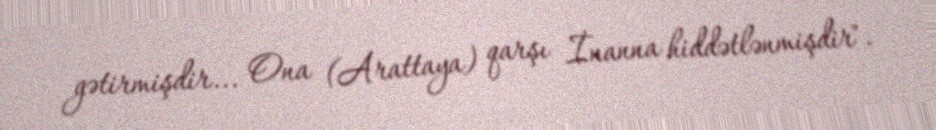
gətirmişdir... Ona (Arattaya) qarşı İnanna hiddətlənmişdir".